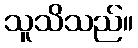
သူသိသည်။